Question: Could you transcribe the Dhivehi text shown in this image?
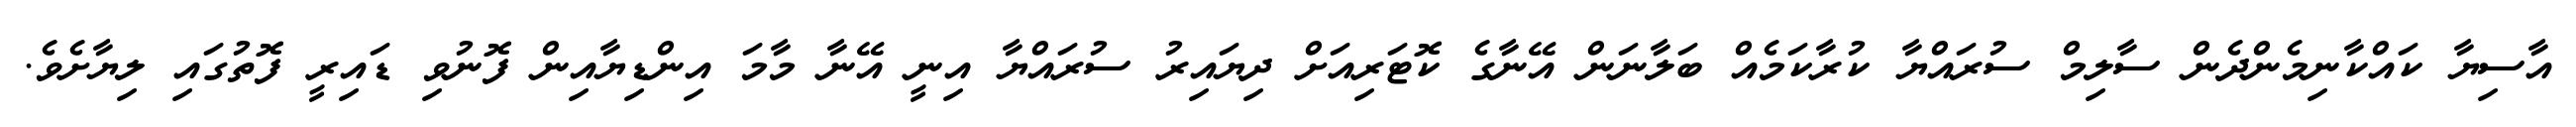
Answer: އާސިޔާ ކައްކާނިމެންދެން ސާލިމް ސުރައްޔާ ކުރާކަމެއް ބަލާނަން އޭނާގެ ކޮޓަރިއަށް ދިޔައިރު ސުރައްޔާ އިނީ އޭނާ މާމަ އިންޑިޔާއިން ފޮނުވި ޑައިރީ ފޮތުގައި ލިޔާށެވެ.